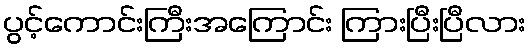
ပွင့်ကောင်းကြီးအကြောင်း ကြားပြီးပြီလား